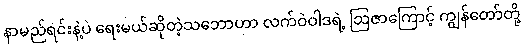
နာမည်ရင်းနဲ့ပဲ ရေးမယ်ဆိုတဲ့သဘောဟာ လက်ဝဲဝါဒရဲ့ ဩဇာကြောင့် ကျွန်တော်တို့